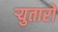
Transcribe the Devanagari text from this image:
र्‍युतारो